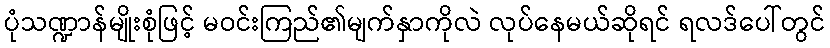
ပုံသဏ္ဍာန်မျိုးစုံဖြင့် မဝင်းကြည်၏မျက်နှာကိုလဲ လုပ်နေမယ်ဆိုရင် ရလဒ်ပေါ်တွင်